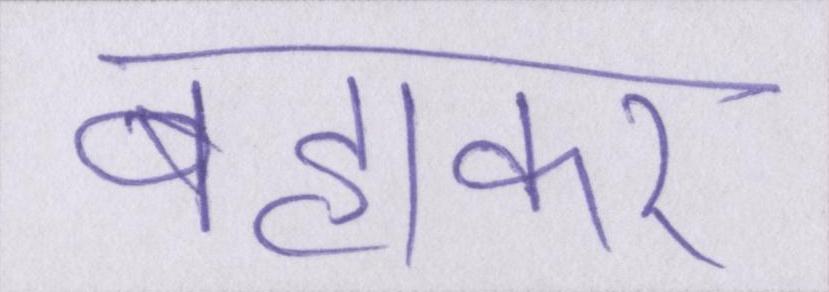
बहाकर